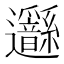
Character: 𨙣